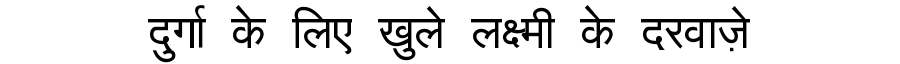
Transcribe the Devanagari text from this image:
दुर्गा के लिए खुले लक्ष्मी के दरवाज़े